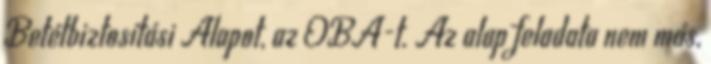
Betétbiztosítási Alapot, az OBA-t. Az alap feladata nem más,